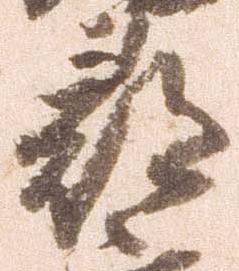
尋